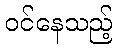
ဝင်နေသည့်